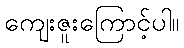
ကျေးဇူးကြောင့်ပါ။